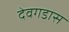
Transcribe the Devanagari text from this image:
देवगडास